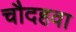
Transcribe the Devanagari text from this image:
चौदहवा